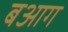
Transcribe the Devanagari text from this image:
बआग